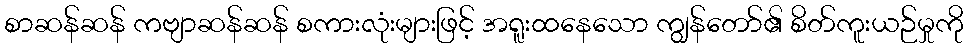
စာဆန်ဆန် ကဗျာဆန်ဆန် စကားလုံးများဖြင့် အရူးထနေသော ကျွန်တော်၏ စိတ်ကူးယဉ်မှုကို